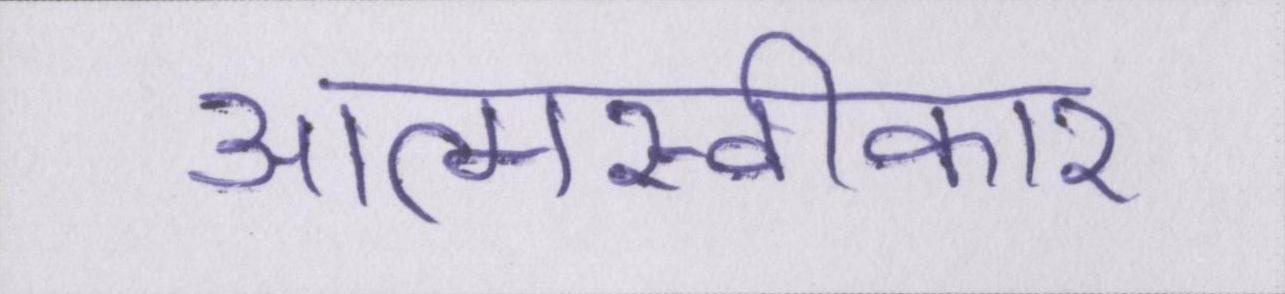
आत्मस्वीकार